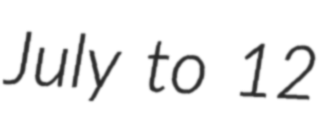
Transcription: July to 12